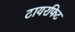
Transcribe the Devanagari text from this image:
टायरफिट